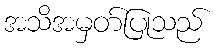
အသိအမှတ်ပြုသည်